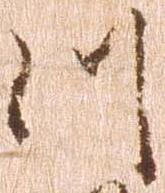
つ